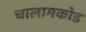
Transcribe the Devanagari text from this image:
चालामकोड